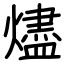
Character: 燼